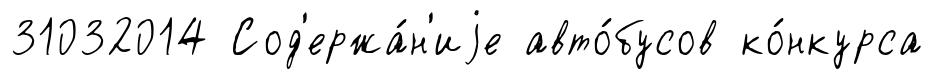
31032014 Сод'ержа́н'иjе авто́бусов ко́нкурса